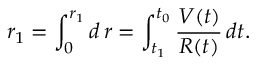
r _ { 1 } = \int _ { 0 } ^ { r _ { 1 } } d \, r = \int _ { t _ { 1 } } ^ { t _ { 0 } } \frac { V ( t ) } { R ( t ) } \, d t .